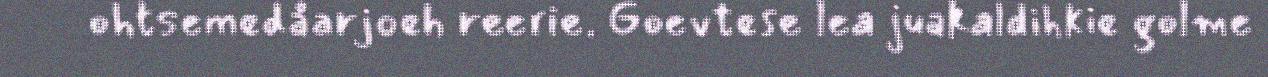
ohtsemedåarjoeh reerie. Goevtese lea juakaldihkie golme